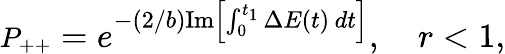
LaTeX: P_{++}\large=e^{-(2/b)\mathrm{Im}\left[\int_{0}^{t_{1}}\Delta E(t)\, dt\right]},\quad r<1,